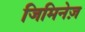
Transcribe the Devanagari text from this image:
जिमिनेज़